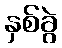
နှစ်ခွဲ